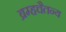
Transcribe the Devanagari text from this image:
ब्रम्हचैतन्य